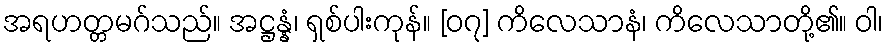
အရဟတ္တမဂ်သည်။ အဋ္ဌန္နံ၊ ရှစ်ပါးကုန်။ [၀၇] ကိလေသာနံ၊ ကိလေသာတို့၏။ ဝါ၊